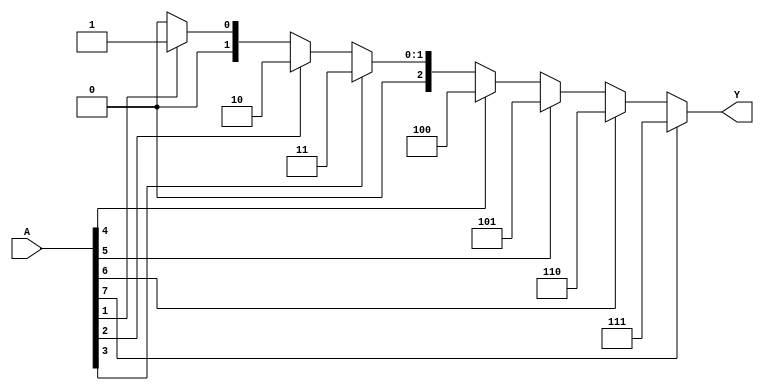
module octal_to_binary_encoder (
    input  wire [7:0] A,  // 8-bit octal input
    output reg  [2:0] Y   // 3-bit binary output
);

always @(*) begin
    case (1'b1) // Check for the highest active input
        A[7]: Y = 3'b111; // Output for octal 7
        A[6]: Y = 3'b110; // Output for octal 6
        A[5]: Y = 3'b101; // Output for octal 5
        A[4]: Y = 3'b100; // Output for octal 4
        A[3]: Y = 3'b011; // Output for octal 3
        A[2]: Y = 3'b010; // Output for octal 2
        A[1]: Y = 3'b001; // Output for octal 1
        A[0]: Y = 3'b000; // Output for octal 0
        default: Y = 3'b000; // Default output if no inputs are active
    endcase
end

endmodule